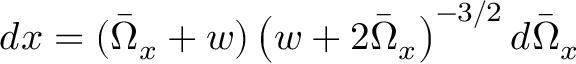
d x = ( \bar { \Omega } _ { x } + w ) \left( w + 2 \bar { \Omega } _ { x } \right) ^ { - 3 / 2 } d \bar { \Omega } _ { x }